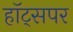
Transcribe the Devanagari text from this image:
हॉट्सपर